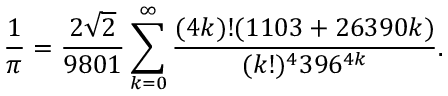
{ \frac { 1 } { \pi } } = { \frac { 2 { \sqrt { 2 } } } { 9 8 0 1 } } \sum _ { k = 0 } ^ { \infty } { \frac { ( 4 k ) ! ( 1 1 0 3 + 2 6 3 9 0 k ) } { ( k ! ) ^ { 4 } 3 9 6 ^ { 4 k } } } .